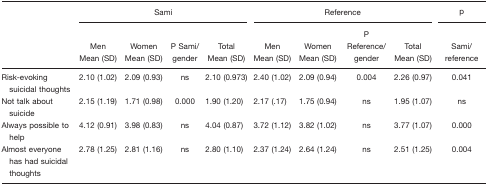
|  | <COLSPAN=4> Sami | <COLSPAN=4> Reference | p |
 |  | Men Mean (SD) | Women Mean (SD) | P Sami/gender | Total Mean (SD) | Men Mean (SD) | Women Mean (SD) | P Reference/gender | Total Mean (SD) | Sami/reference |
 | --- | --- | --- | --- | --- | --- | --- | --- | --- | --- |
 | Risk-evoking suicidal thoughts | 2.10 (1.02) | 2.09 (0.93) | ns | 2.10 (0.973) | 2.40 (1.02) | 2.09 (0.94) | 0.004 | 2.26 (0.97) | 0.041 |
 | Not talk about suicide | 2.15 (1.19) | 1.71 (0.98) | 0.000 | 1.90 (1.20) | 2.17 (.17) | 1.75 (0.94) | ns | 1.95 (1.07) | ns |
 | Always possible to help | 4.12 (0.91) | 3.98 (0.83) | ns | 4.04 (0.87) | 3.72 (1.12) | 3.82 (1.02) | ns | 3.77 (1.07) | 0.000 |
 | Almost everyone has had suicidal thoughts | 2.78 (1.25) | 2.81 (1.16) | ns | 2.80 (1.10) | 2.37 (1.24) | 2.64 (1.24) | ns | 2.51 (1.25) | 0.004 |